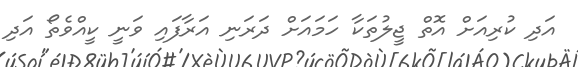
އަދި ކުރިއަށް އޮތް ޖީލުތަކާ ހަމައަށް ދަރަނި އަރާފައި ވަނީ ކީއްވެތޯ އަދި